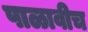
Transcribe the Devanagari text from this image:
पाळावीच